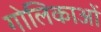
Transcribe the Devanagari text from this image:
गोलिकाओं